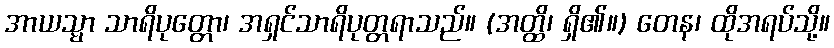
အာယသ္မာ သာရိပုတ္တော၊ အရှင်သာရိပုတ္တရာသည်။ (အတ္ထိ၊ ရှိ၏။) တေန၊ ထိုအရပ်သို့။